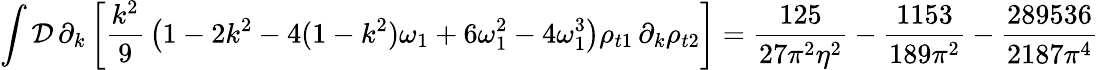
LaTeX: \int{\cal D}\, \partial_{k}\left[{\frac{k^{2}}9}\left(1-2k^{2}-4(1-k^{2})\omega_{1}+6\omega_{1}^{2}-4\omega_{1}^{3}\right)\rho_{t1}\, \partial_{k}\rho_{t2}\right]=\frac{125}{27\pi^{2}\eta^{2}}-\frac{1153}{189\pi^{2}}-\frac{289536}{2187\pi^{4}}